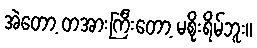
အဲတော့ တအားကြီးတော့ မစိုးရိမ်ဘူး။